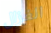
الغزال